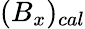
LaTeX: (B_{x})_{cal}